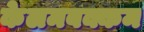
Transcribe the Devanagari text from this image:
केलमबक्कम